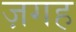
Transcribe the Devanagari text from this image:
ज़गह